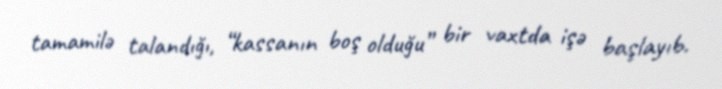
tamamilə talandığı, “kassanın boş olduğu” bir vaxtda işə başlayıb.